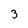
Character: 3